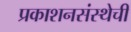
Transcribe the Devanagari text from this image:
प्रकाशनसंस्थेची